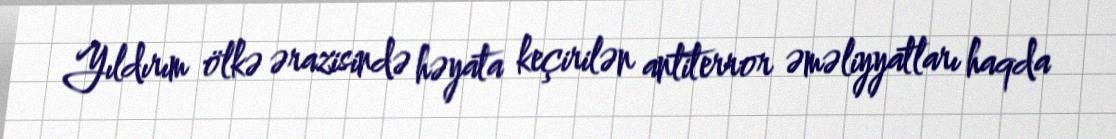
Yıldırım ölkə ərazisində həyata keçirilən antiterror əməliyyatları haqda